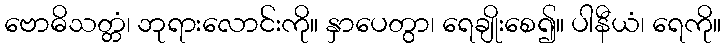
ဗောဓိသတ္တံ၊ ဘုရားလောင်းကို။ နှာပေတွာ၊ ရေချိုးစေ၍။ ပါနီယံ၊ ရေကို။